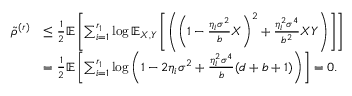
\begin{array} { r l } { \tilde { \rho } ^ { ( r ) } } & { \leq \frac { 1 } { 2 } \mathbb { E } \left[ \sum _ { i = 1 } ^ { r _ { 1 } } \log \mathbb { E } _ { X , Y } \left[ \left( \left( 1 - \frac { \eta _ { i } \sigma ^ { 2 } } { b } X \right) ^ { 2 } + \frac { \eta _ { i } ^ { 2 } \sigma ^ { 4 } } { b ^ { 2 } } X Y \right) \right] \right] } \\ & { = \frac { 1 } { 2 } \mathbb { E } \left[ \sum _ { i = 1 } ^ { r _ { 1 } } \log \left( 1 - 2 \eta _ { i } \sigma ^ { 2 } + \frac { \eta _ { i } ^ { 2 } \sigma ^ { 4 } } { b } ( d + b + 1 ) \right) \right] = 0 . } \end{array}